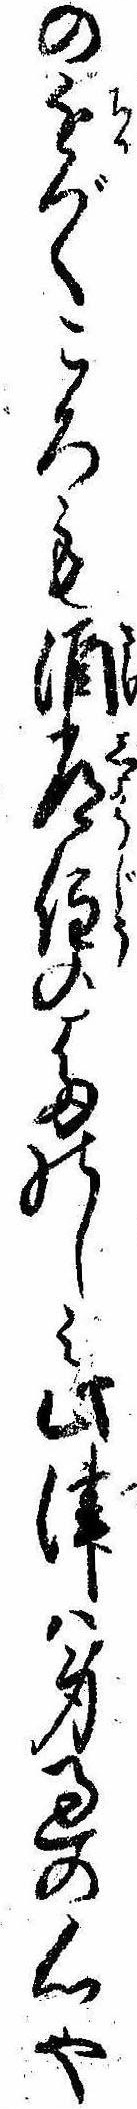
の近づくころも酒常住のたのしみ此津は身過の心や